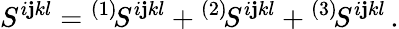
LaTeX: S^{i\mathbf{j}kl}={}^{(1)}\! S^{i\mathbf{j}kl}+{}^{(2)}\! S^{i\mathbf{j}kl}+{}^{(3)}\! S^{i\mathbf{j}kl}\, .